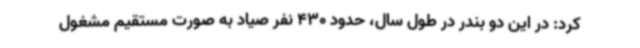
کرد: در این دو بندر در طول سال، حدود 430 نفر صیاد به صورت مستقیم مشغول